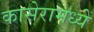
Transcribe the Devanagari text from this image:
कासेरामध्यें